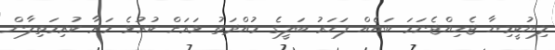
ލިޔުކީމިޔާ ޖެހިއްޖެނަމަ ބައެއް ފަހަރު ބަލީގެ މުއްދަތު ވަރަށް ކުރުވެ މަރާ ކުރިމަތިލާން